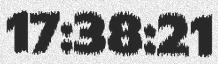
17:38:21